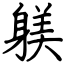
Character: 躾